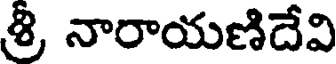
శ్రీ, నారాయణిదేవి